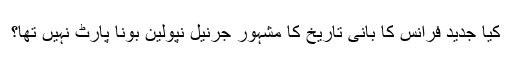
کیا جدید فرانس کا بانی تاریخ کا مشہور جرنیل نپولین بونا پارٹ نہیں تھا؟